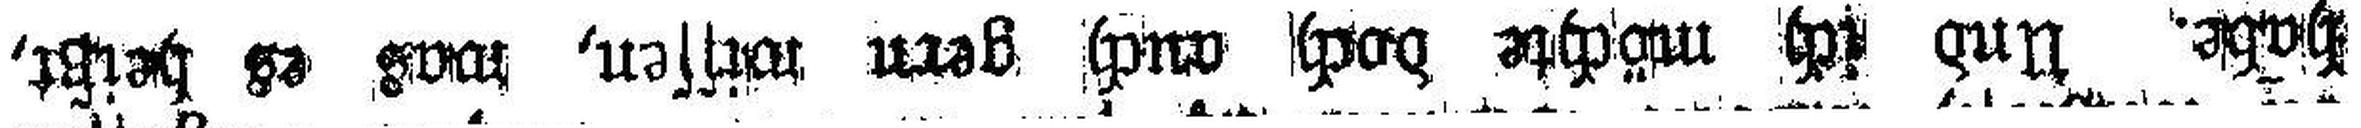
habe. Und ich möchte doch auch gern wissen, was es heißt,